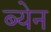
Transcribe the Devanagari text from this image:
ब्येन